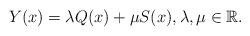
LaTeX: \begin{align*}Y(x)=\lambda Q(x)+\mu S(x), \lambda,\mu\in\mathbb{R}.\end{align*}